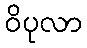
ဝိပုလာ